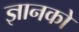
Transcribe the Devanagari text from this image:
ज्ञानको